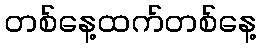
တစ်နေ့ထက်တစ်နေ့